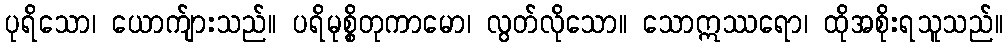
ပုရိသော၊ ယောက်ျားသည်။ ပရိမုစ္စိတုကာမော၊ လွတ်လိုသော။ သောဣဿရော၊ ထိုအစိုးရသူသည်။